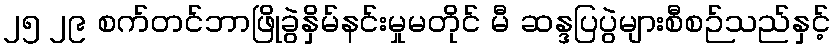
၂၅ ၂၉ စက်တင်ဘာဖြိုခွဲနှိမ်နင်းမှုမတိုင် မီ ဆန္ဒပြပွဲများစီစဉ်သည်နှင့်